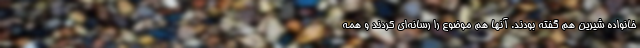
خانواده شیرین هم گفته بودند. آنها هم موضوع را رسانه‌ای کردند و همه